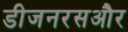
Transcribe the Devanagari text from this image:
डीजनरसऔर